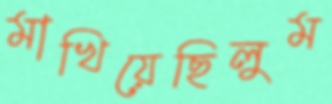
মাখিয়েছিলুম